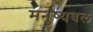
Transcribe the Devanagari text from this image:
मनुष्यबल